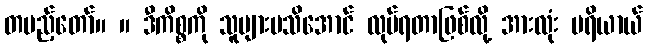
တပည့်တော်။ ။ ဒီကိစ္စကို သူများမသိအောင် လုပ်ရတာဖြစ်လို့ အားလုံး ပရိယာယ်